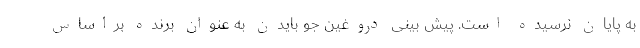
به پایان نرسیده است. پیش بینی دروغین جو بایدن به عنوان برنده براساس